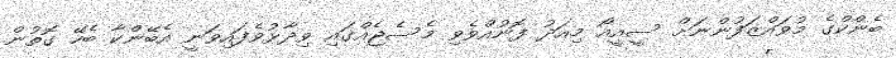
ބެންކްގެ މުވައްޒަފުންނަށް ސީއީއޯ މިއަދު ފޮނުއްވެވި މެސެޖެއްގައި ވިދާޅުވެފައިވަނީ އެބޭންކާ ބެހޭ ގޮތުން